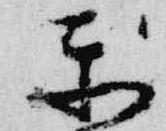
楽